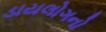
ડાયલોગનો